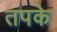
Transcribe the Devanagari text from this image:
तपके